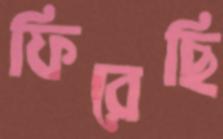
ফিরেছি